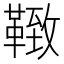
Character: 𩋩